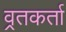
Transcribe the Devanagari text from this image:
व्रतकर्ता